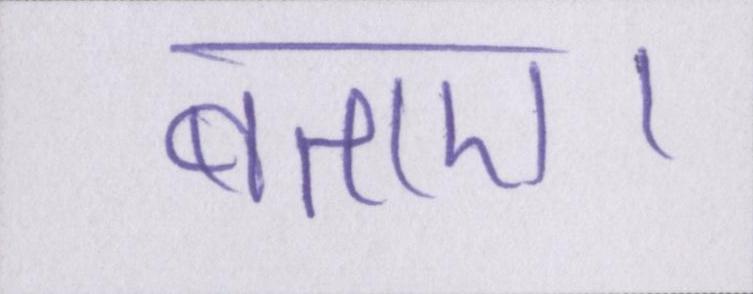
बताए।